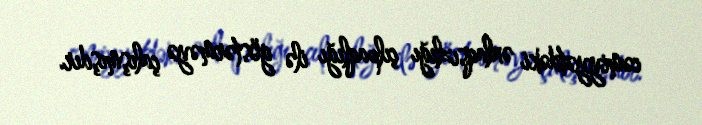
cəmiyyətdəki əxlaqsızlığı çılpaqlığı ilə göstərməyə çalışmışdır.